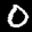
Label: 0